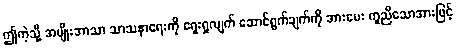
ဤကဲ့သို့ အမျိုးဘာသာ သာသနာရေးကို ရှေးရှုလျက် ဆောင်ရွက်ချက်ကို အားပေး ကူညီသောအားဖြင့်